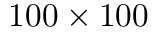
1 0 0 \times 1 0 0